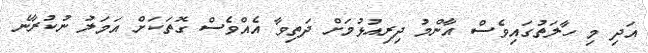
އަދި މި ހާލަތުގައިވެސް އާންމު ދިރިއުޅުމަށް ދަތިވާ އެއްވެސް ގޮތަކަށް އަމަލު ނުކުރާނެ